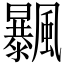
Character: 𩙕